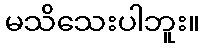
မသိသေးပါဘူး။